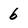
Character: 6